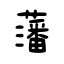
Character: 藩